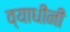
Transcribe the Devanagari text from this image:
व्याधींनी